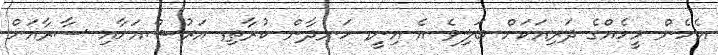
އެހެން މީހެއްގެ ދަރިއަކަށް ބަލިވެ އެ އިނީ